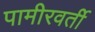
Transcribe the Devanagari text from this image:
पामीरवर्ती